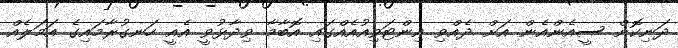
ދަނިކޮށް ސީއެންއެން އަށް ދެއްވި އިންޓަވިއުއެއްގައި އޮބާމާ ވިދާޅުވީ އެއީ ހަނގުރާމައިގެ އަމަލެއް